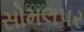
સોમલપર